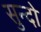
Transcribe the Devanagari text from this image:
सुन्दो